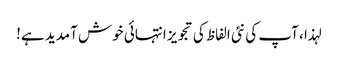
لہذا ، آپ کی نئی الفاظ کی تجویز انتہائی خوش آمدید ہے!